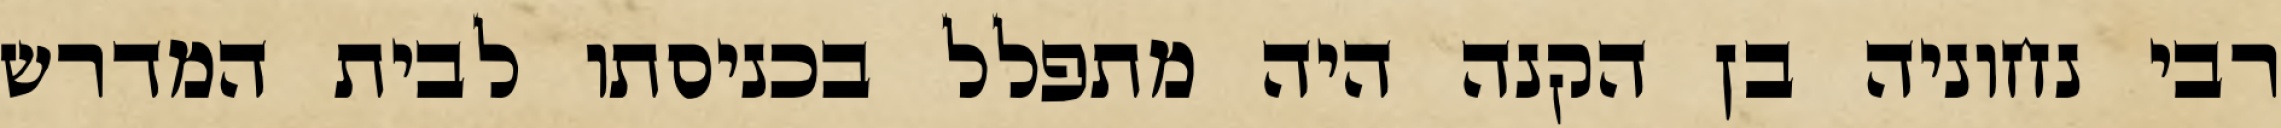
רבי נחוניה בן הקנה היה מתפלל בכניסתו לבית המדרש